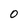
Character: 0